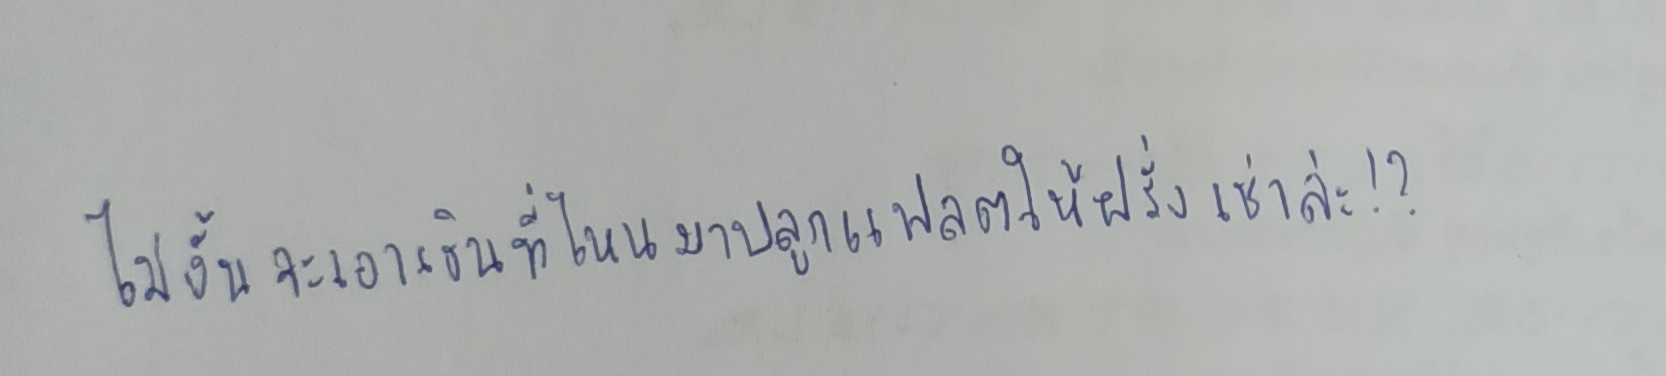
ไม่งั้นจะเอาเงินที่ไหนมาปลูกแฟลตให้ฝรั่งเช่าล่ะ!?